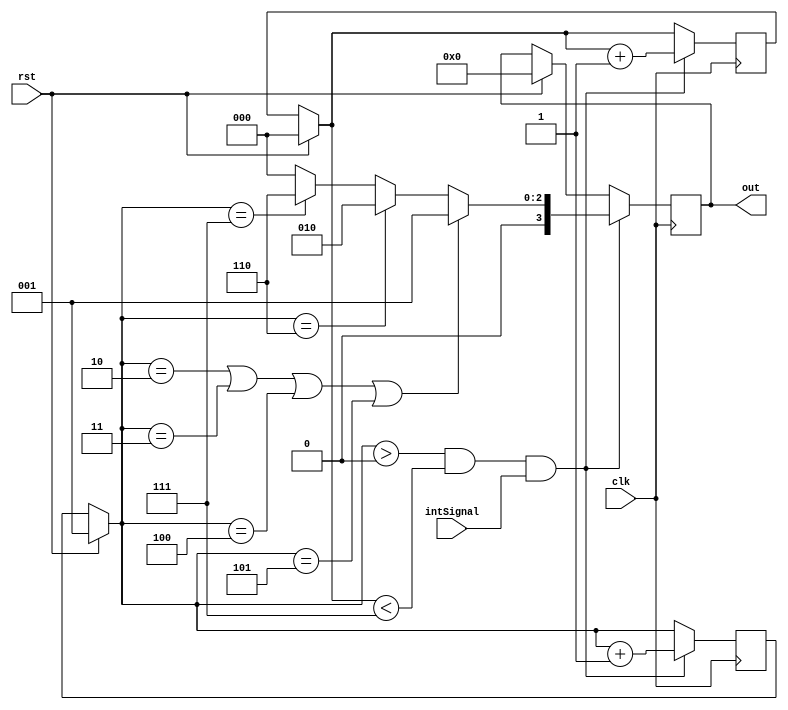
module interupt_control(intSignal,clk,rst,out);


input intSignal;
input clk,rst;
output reg [3:0]out;
reg [2:0]status;
reg [2:0]counter;



always@(posedge clk)begin


if(rst==1)begin
status=3'b001;
out=4'b0;
counter=3'b0;
end 

if(status>3'b0 &&counter<3'b111&&intSignal)begin
$display("status   = %b",  status);
if(status==3'b010||status==3'b011||status==3'b100||status==3'b101)begin
out=4'b0001;
end
else if(status==3'b110)begin
out=4'b0010;
end
else if(status==3'b111)begin
out=4'b0110;
end
else if(status==3'b110)begin
out=4'b1000;
end
else begin
out=4'b0;
end

counter=counter+1;
status=status+1;

end
 
// if(counter==6)begin
// sig=0;
// counter=0;
// end


end
endmodule